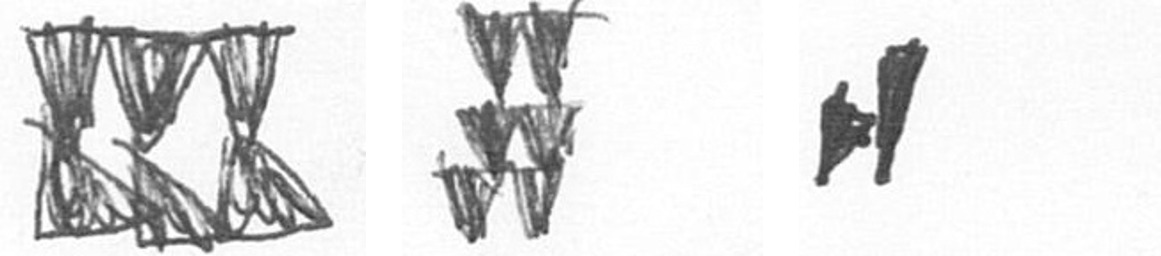
D Y M